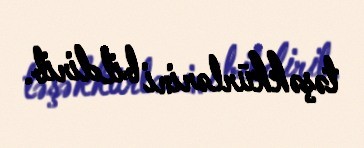
təşəkkürlərini bildirib.